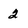
Character: 2